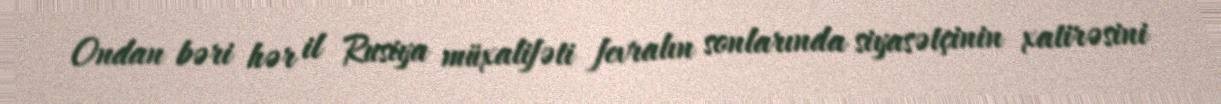
Ondan bəri hər il Rusiya müxalifəti fevralın sonlarında siyasətçinin xatirəsini